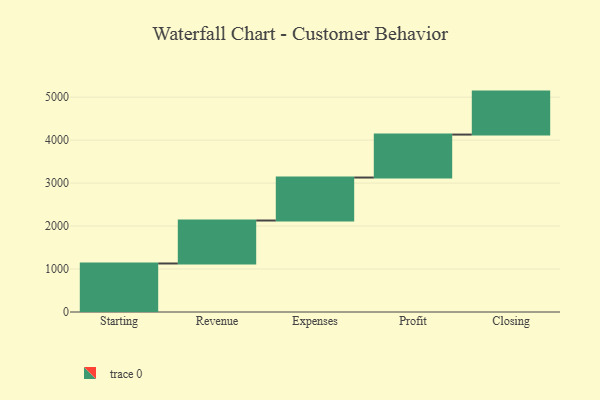
{"axis": {"x": "Step", "y": "Value"}, "legend": [""], "data": [{"x": "Starting", "y": 1129.0, "type": ""}, {"x": "Revenue", "y": 1000, "type": ""}, {"x": "Expenses", "y": 1000, "type": ""}, {"x": "Profit", "y": 1000, "type": ""}, {"x": "Closing", "y": 1000, "type": ""}]}